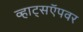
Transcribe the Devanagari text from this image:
व्हाट्सऍपवर